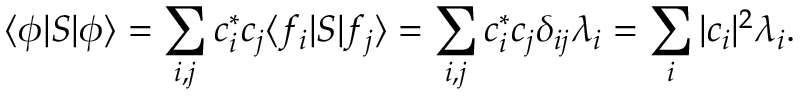
\langle \phi | S | \phi \rangle = \sum _ { i , j } c _ { i } ^ { * } c _ { j } \langle f _ { i } | S | f _ { j } \rangle = \sum _ { i , j } c _ { i } ^ { * } c _ { j } \delta _ { i j } \lambda _ { i } = \sum _ { i } | c _ { i } | ^ { 2 } \lambda _ { i } .